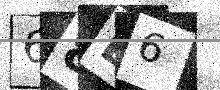
Text: 68B6